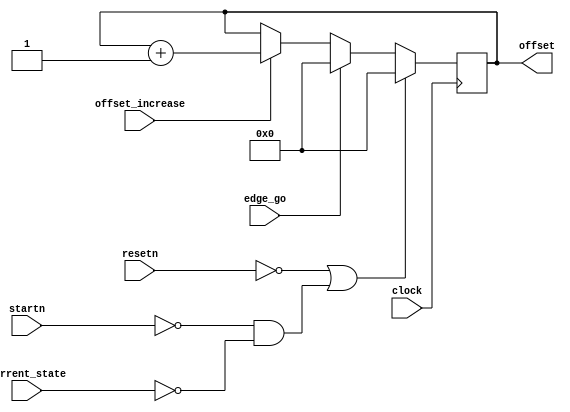

`timescale 1ns / 1ns

module counterOffset(input clock, resetn, startn,
							input [5:0] current_state, 
							input edge_go,
							input offset_increase,
							
							output reg [5:0] offset);
							
							always @(posedge clock) begin
								if(!resetn | (!startn & current_state == 5'd0))
									offset <= 5'd0;
								else if (edge_go)
									offset <= 5'd0;
								else if (offset_increase)
									offset = offset + 1'b1;
							end
							
endmodule